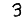
Digit: 3